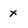
Character: X